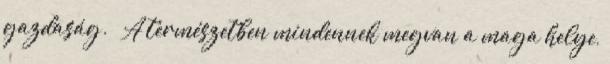
gazdaság. – A természetben mindennek megvan a maga helye,